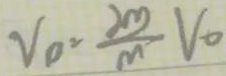
V _ { 0 } = \frac { 2 m } { m } V _ { 0 }